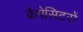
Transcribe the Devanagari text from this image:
कैपेसिटरों